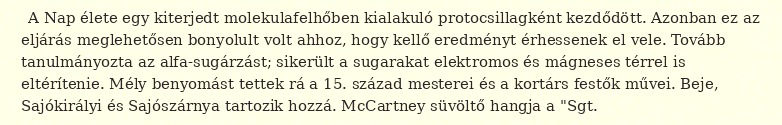
A Nap élete egy kiterjedt molekulafelhőben kialakuló protocsillagként kezdődött. Azonban ez az eljárás meglehetősen bonyolult volt ahhoz, hogy kellő eredményt érhessenek el vele. Tovább tanulmányozta az alfa-sugárzást; sikerült a sugarakat elektromos és mágneses térrel is eltérítenie. Mély benyomást tettek rá a 15. század mesterei és a kortárs festők művei. Beje, Sajókirályi és Sajószárnya tartozik hozzá. McCartney süvöltő hangja a "Sgt.